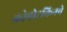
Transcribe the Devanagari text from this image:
क्रोपोटकिनचे